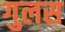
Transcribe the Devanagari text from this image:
गुलस